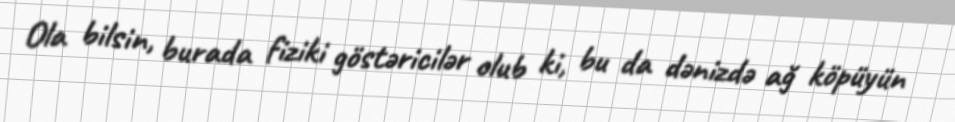
Ola bilsin, burada fiziki göstəricilər olub ki, bu da dənizdə ağ köpüyün